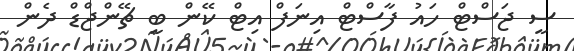
ސީ ޖަސްޓް ހައު ފާސްޓް އިނަފް އިޓް ކޭން ބީ ޗޭންޖްޑް ދެން